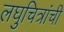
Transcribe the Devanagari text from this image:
लघुचित्रांची